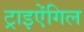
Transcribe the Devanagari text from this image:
ट्राइऐंगिल